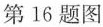
第16题图